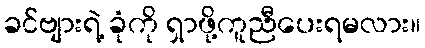
ခင်ဗျားရဲ့ ခုံကို ရှာဖို့ကူညီပေးရမလား။